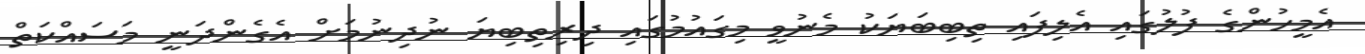
އެމީހުންގެ ފުލުގައި އެލިފައި ތިބިބަޔަކު މެނުވީ މިގައުމުގައި ދިރިތިބިޔަ ނުދިނުމަށް އެގެންދަނީ މަސައްކަތް